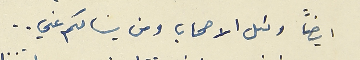
ايضاً وكل الاصحاب ومن يسالكم عني..